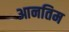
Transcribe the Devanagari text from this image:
आनतिम